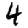
Digit: 4